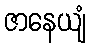
ဇာနေယျံ